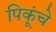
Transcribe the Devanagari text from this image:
पिकूंचे